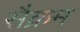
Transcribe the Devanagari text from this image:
सैक्रम